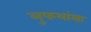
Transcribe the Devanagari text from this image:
लुफथांसा